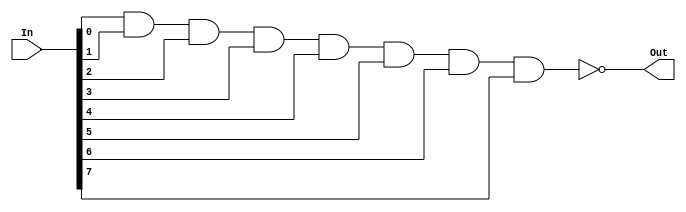
module ttl7430(Out, In);
    output Out;
    input [7:0] In;

    // Texas Instruments 74LS30
    nand #(0:13:20) (Out[0], In[0], In[1], In[2], In[3], In[4], In[5], In[6], In[7]);
endmodule